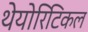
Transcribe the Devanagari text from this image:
थेयोरिटिकल